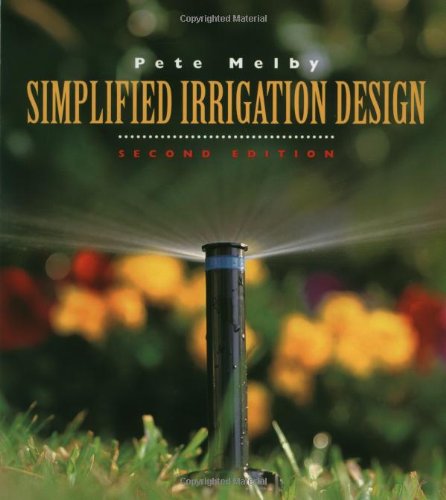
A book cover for Simplified Irrigation Design, 2nd Edition (Landscape Architecture); Pete Melby; Arts & Photography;